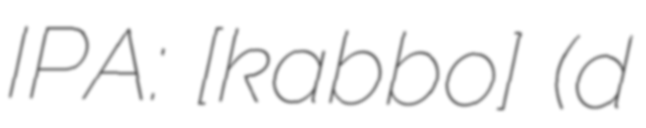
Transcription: IPA: [ǀ͡ǀ͡kabbo] (d